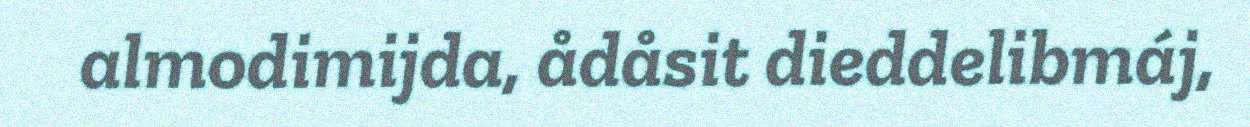
almodimijda, ådåsit dieddelibmáj,